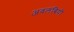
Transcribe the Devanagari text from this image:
अवलंबियों